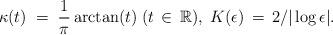
LaTeX: \begin{align*}&\kappa (t)\;=\;\frac 1\pi\arctan(t)\; (t\,\in\,\mathbb{R}),\;K(\epsilon)\,=\,2/\vert\log\epsilon\vert.\end{align*}